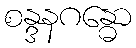
စန္ဒနဂန္ဓော